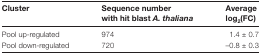
<table><thead><tr><td><b>Cluster</b></td><td><b>Sequence number with hit blast <i>A. thaliana</i></b></td><td><b>Average log<sub>2</sub>(FC)</b></td></tr></thead><tbody><tr><td>Pool up-regulated</td><td>974</td><td>1.4 ± 0.7</td></tr><tr><td>Pool down-regulated</td><td>720</td><td>–0.8 ± 0.3</td></tr></tbody></table>